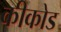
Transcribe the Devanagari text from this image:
कीकोड